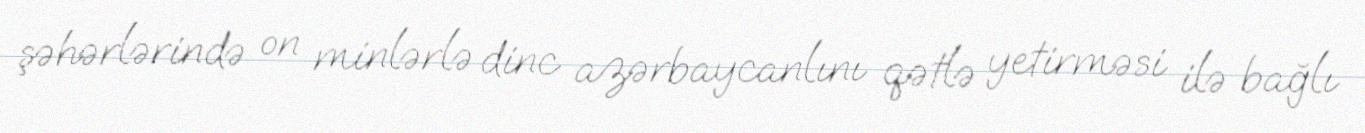
şəhərlərində on minlərlə dinc azərbaycanlını qətlə yetirməsi ilə bağlı